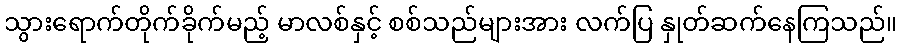
သွားရောက်တိုက်ခိုက်မည့် မာလစ်နှင့် စစ်သည်များအား လက်ပြ နှုတ်ဆက်နေကြသည်။